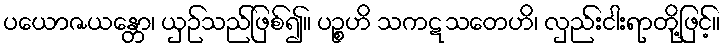
ပယောဇယန္တော၊ ယှဉ်သည်ဖြစ်၍။ ပဉ္စဟိ သကဋသတေဟိ၊ လှည်းငါးရာတို့ဖြင့်။